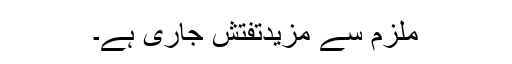
ملزم سے مزیدتفتش جاری ہے۔